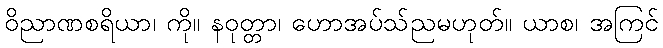
ဝိညာဏစရိယာ၊ ကို။ နဝုတ္တာ၊ ဟောအပ်သ်ညမဟုတ်။ ယာစ၊ အကြင်